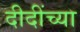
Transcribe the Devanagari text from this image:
दीदींच्या